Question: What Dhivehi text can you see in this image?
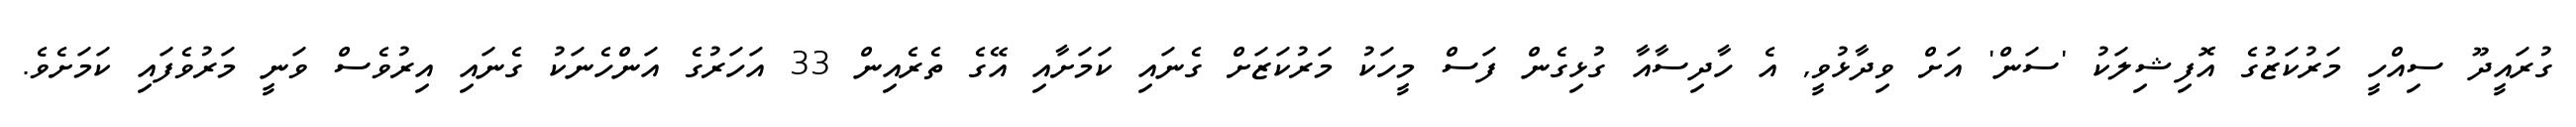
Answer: ގުރައީދޫ ސިއްހީ މަރުކަޒުގެ އޮފިޝިލަކު 'ސަން' އަށް ވިދާޅުވީ, އެ ހާދިސާއާ ގުޅިގެން ފަސް މީހަކު މަރުކަޒަށް ގެނައި ކަމަށާއި އޭގެ ތެރެއިން 33 އަހަރުގެ އަންހެނަކު ގެނައި އިރުވެސް ވަނީ މަރުވެފައި ކަމަށެވެ.